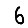
Digit: 6